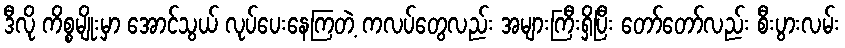
ဒီလို ကိစ္စမျိုးမှာ အောင်သွယ် လုပ်ပေးနေကြတဲ့ ကလပ်တွေလည်း အများကြီးရှိပြီး တော်တော်လည်း စီးပွားလမ်း